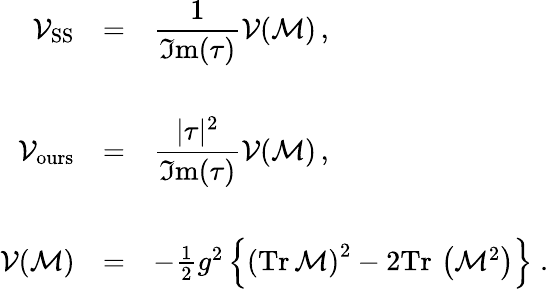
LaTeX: \begin{array}{rcl}{{{\cal V}_{\mathrm{SS}}}}&{{=}}&{{{\displaystyle\frac{1}{\Im\mathrm{m}(\tau)}}{\cal V}({\cal M})\, ,}}\\ {{}}&{{}}&{{}}\\ {{{\cal V}_{\mathrm{ours}}}}&{{=}}&{{{\displaystyle\frac{|\tau|^{2}}{\Im\mathrm{m}(\tau)}}{\cal V}({\cal M})\, ,}}\\ {{}}&{{}}&{{}}\\ {{{\cal V}({\cal M})}}&{{=}}&{{-{\textstyle\frac{1}{2}}g^{2}\left\{ \left(\mathrm{Tr}\, \mathcal{M}\right)^{2}-2\mathrm{Tr}\, \left(\mathcal{M}^{2}\right)\right\} \; .}}\end{array}